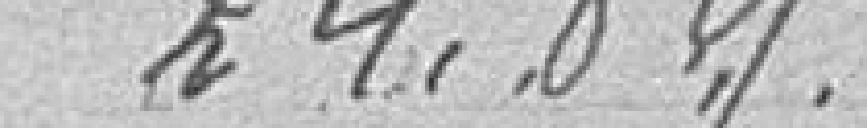
24,89